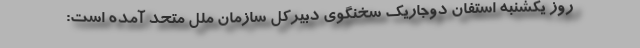
روز یکشنبه استفان دوجاریک سخنگوی دبیرکل سازمان ملل متحد آمده است: